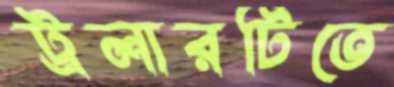
ট্রলারটিতে